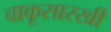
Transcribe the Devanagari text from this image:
चाकूसारखी